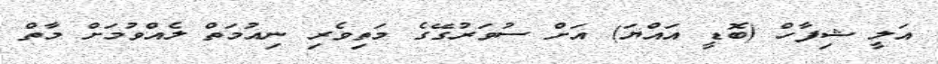
އަލީ ޝިފާހް (ބޮޑީ އައްޔަ) އަށް ސުވަރުގޭގެ މަތިވެރި ނިއުމަތް ލެއްވުމަށް މާތް